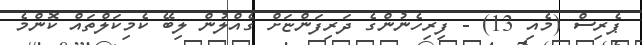
ޕެރިސް (މެއި 13) - ފިރިހެނުންގެ ދަރިފަންޏަށް ގެއްލުން ލިބޭ ކެމިކަލްތައް ކޮންމެ